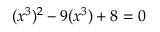
( x ^ { 3 } ) ^ { 2 } - 9 ( x ^ { 3 } ) + 8 = 0